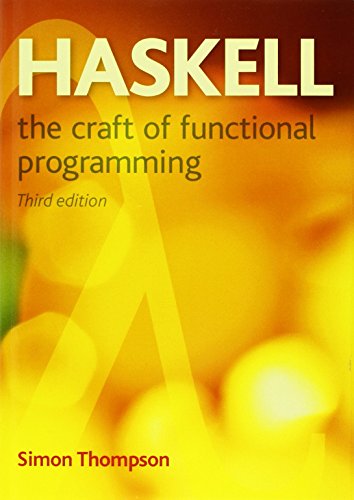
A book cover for Haskell: The Craft of Functional Programming (3rd Edition) (International Computer Science Series); Simon Thompson; Computers & Technology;